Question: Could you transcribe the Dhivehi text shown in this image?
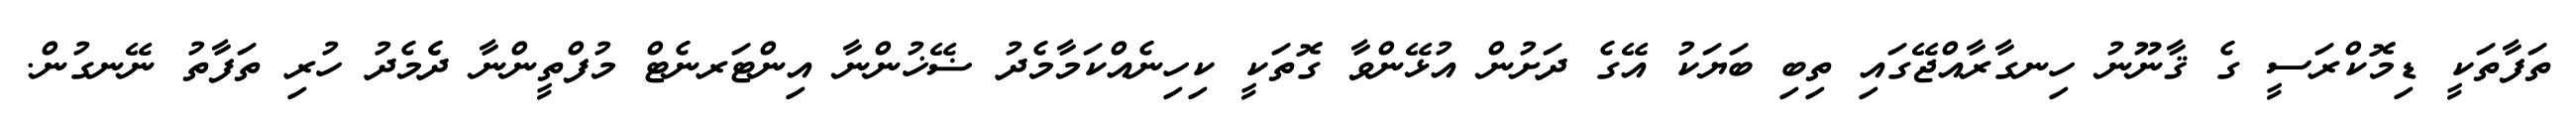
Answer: ތަފާތަކީ ޑިމޮކްރަސީ ގެ ޤާނޫނު ހިނގާރާއްޖޭގައި ތިބި ބަޔަކު އޭގެ ދަށުން އުޅޭންވާ ގޮތަކީ ކިހިނެއްކަމާމެދު ޟޭޚުންނާ އިންޓަރނެޓް މުފްތީންނާ ދެެމެދު ހުރި ތަފާތު ނޭނގުން.